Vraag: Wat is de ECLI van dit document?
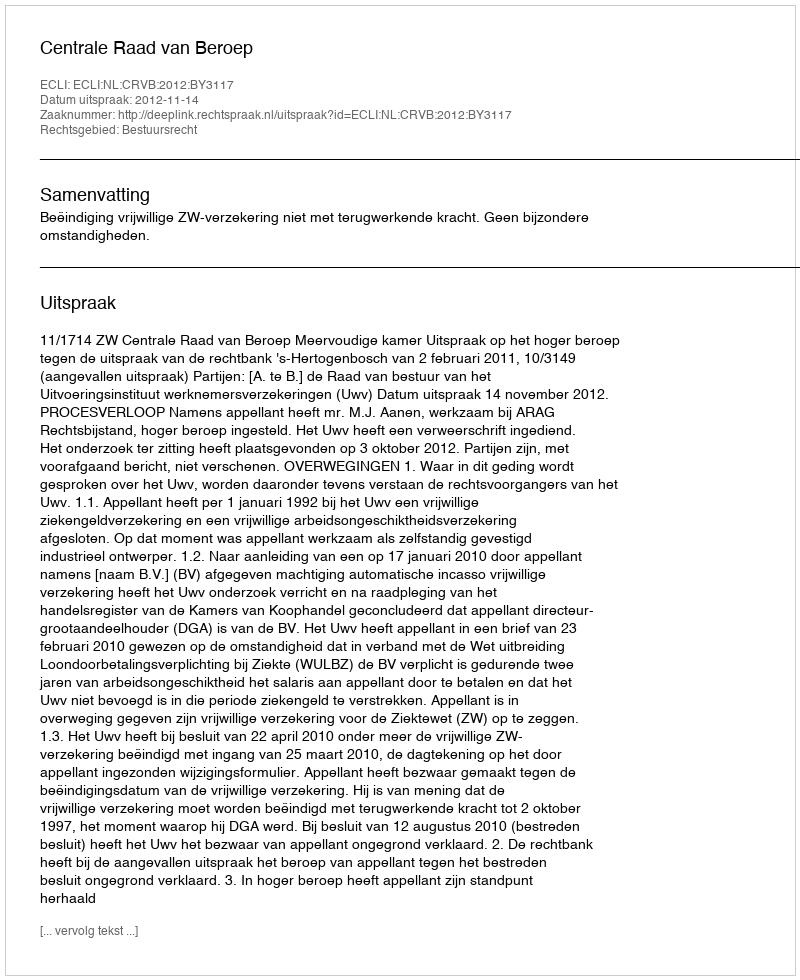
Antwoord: ECLI:NL:CRVB:2012:BY3117